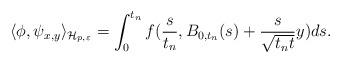
LaTeX: \begin{align*} \langle \phi, \psi_{x,y}\rangle_{\mathcal{H}_{p,\varepsilon}}=\int_0^{t_n} f(\frac s{t_n}, B_{0,t_n}(s) +\frac {s}{\sqrt{t_nt}} y)ds.\end{align*}